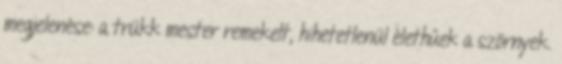
megjelenése: a trükk mester remekelt, hihetetlenül élethűek a szörnyek.